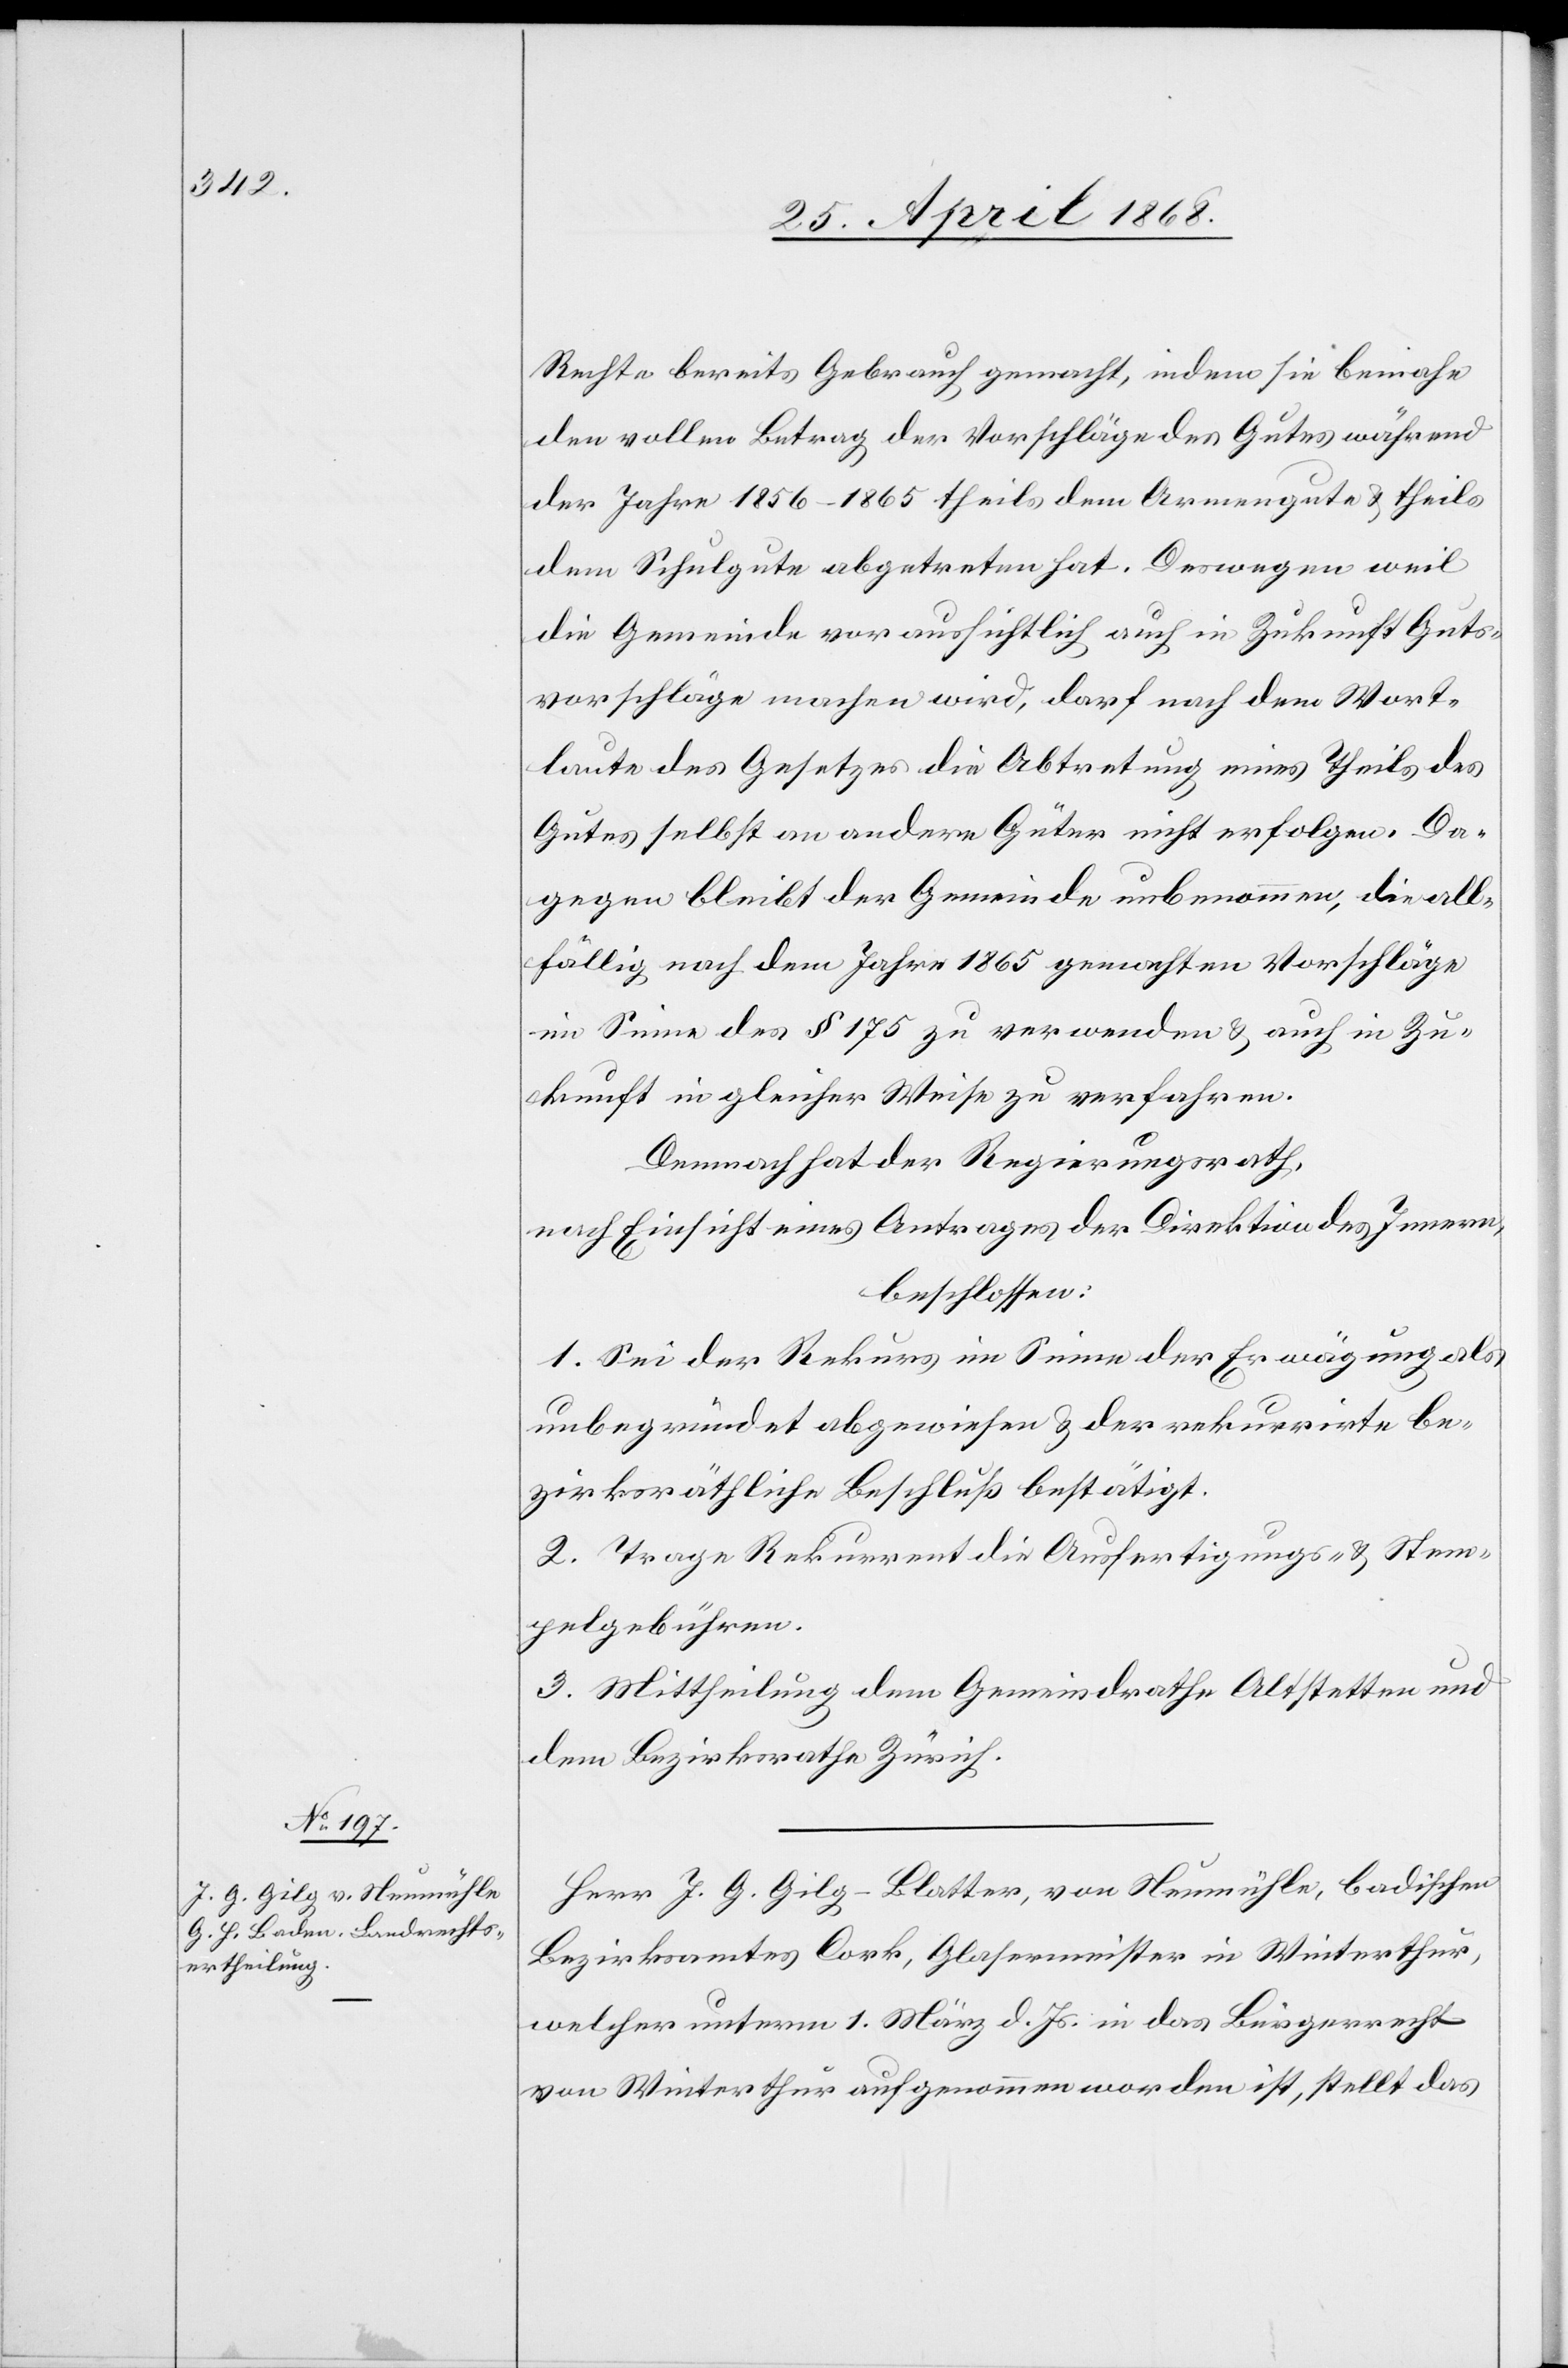
Rechte bereits Gebrauch gemacht, indem sie beinahe
den vollen Betrag der Vorschläge des Gutes während
der Jahre 1856–1865 theils dem Armengute & theils
dem Schulgute abgetreten hat. Deswegen weil
die Gemeinde voraussichtlich auch in Zukunft Guts¬
vorschläge machen wird, darf nach dem Wort¬
laute des Gesetzes die Abtretung eines Theils des
Gutes selbst an andere Güter nicht erfolgen. Da¬
gegen bleibt der Gemeinde unbenommen, die all¬
fällig nach dem Jahre 1865 gemachten Vorschläge
im Sinne des § 175 zu verwenden & auch in Zu¬
kunft in gleicher Weise zu verfahren.
Demnach hat der Regierungsrath,
nach Einsicht eines Antrages der Direktion des Innern,
beschlossen:
1. Sei der Rekurs im Sinne der Erwägung als
unbegründet abgewiesen & der rekurrirte be¬
zirksräthliche Beschluß bestätigt.
2. Trage Rekurrent die Ausfertigungs- & Stem¬
pelgebühren.
3. Mittheilung dem Gemeindrathe Altstetten und
dem Bezirksrathe Zürich.
Herr J. G. Gilg-Blatter, von Neumühle, badischen
Bezirksamtes Cork, Glasermeister in Winterthur,
welcher unterm 1. März d. Js. in das Bürgerrecht
von Winterthur aufgenommen worden ist, stellt das